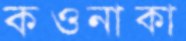
কওনাকা